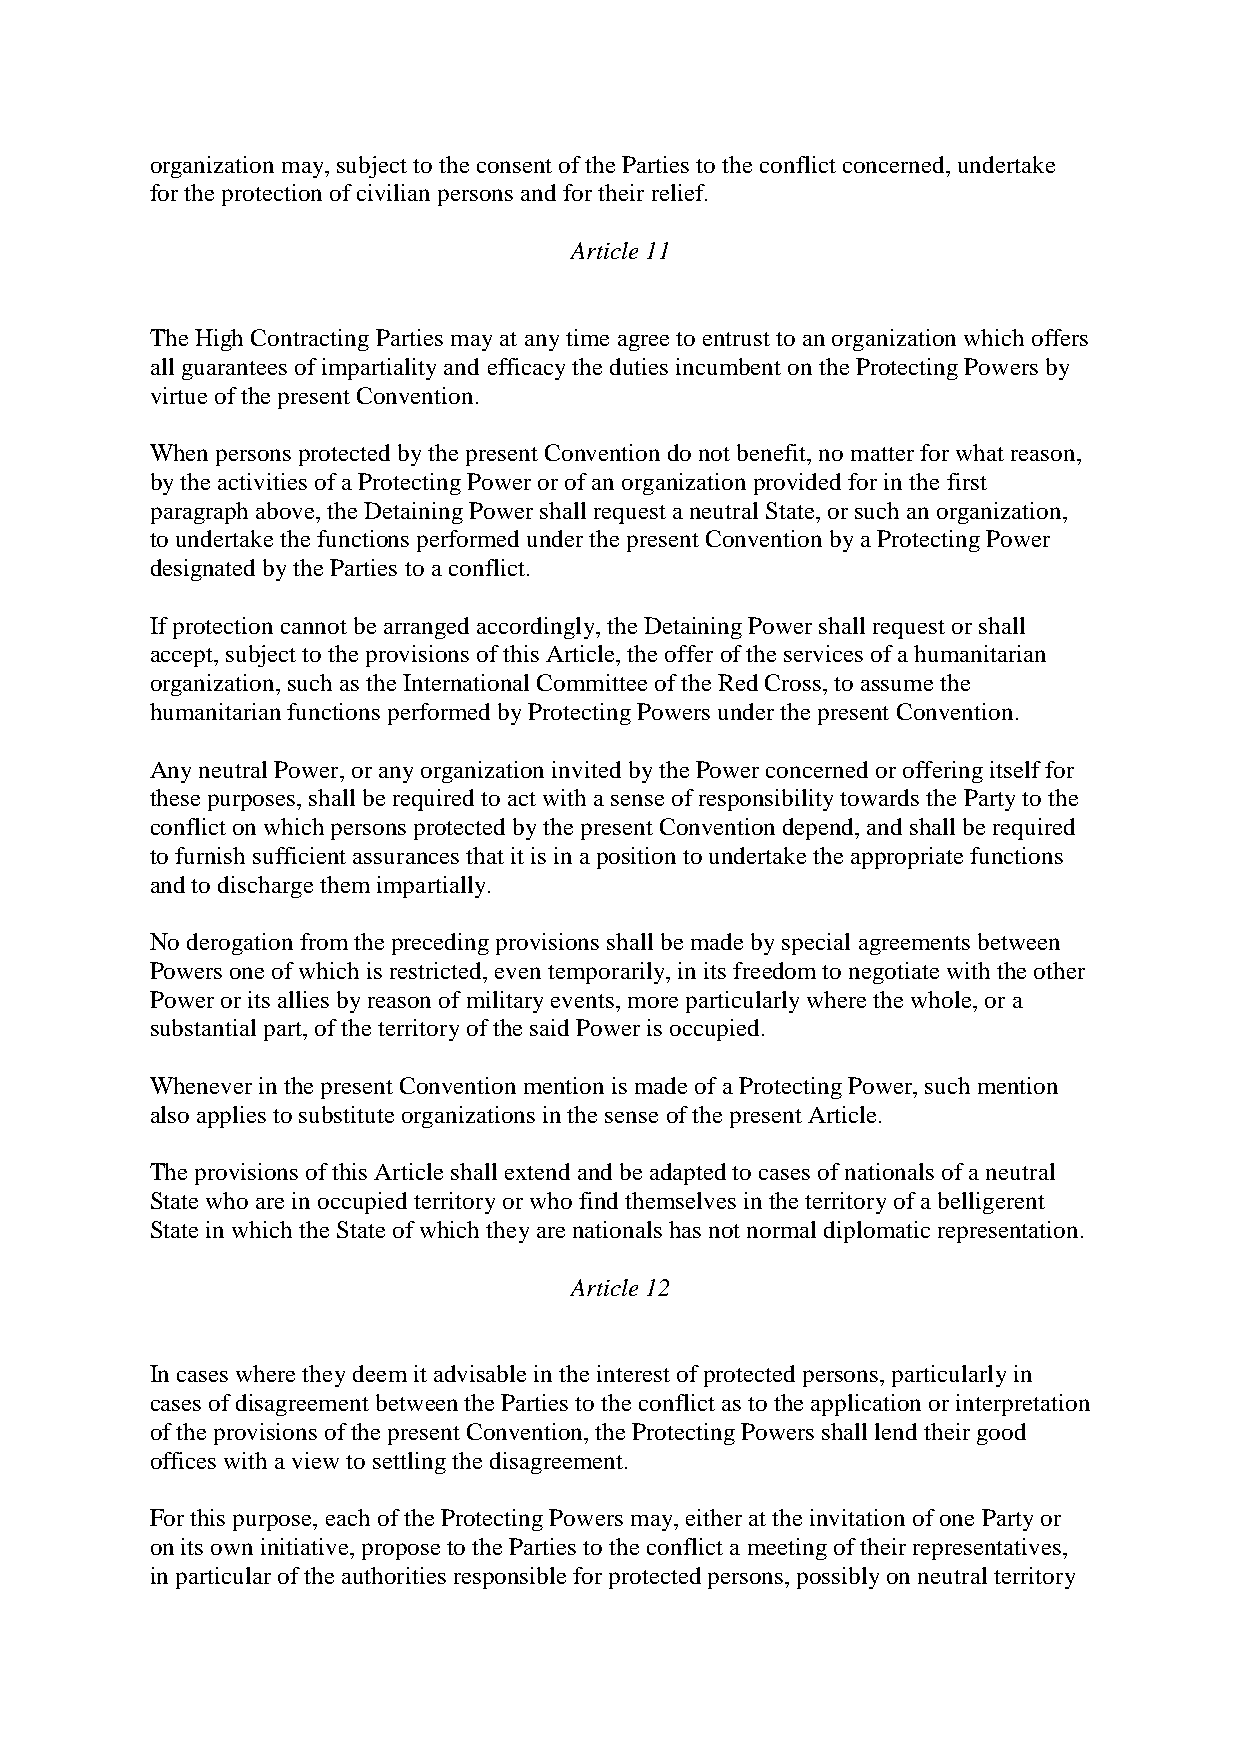
organization may, subject to the consent of the Parties to the conflict concerned, undertake
 for the protection of civilian persons and for their relief.
 Article 11
 The High Contracting Parties may at any time agree to entrust to an organization which offers
 all guarantees of impartiality and efficacy the duties incumbent on the Protecting Powers by
 virtue of the present Convention.
 When persons protected by the present Convention do not benefit, no matter for what reason,
 by the activities of a Protecting Power or of an organization provided for in the first
 paragraph above, the Detaining Power shall request a neutral State, or such an organization,
 to undertake the functions performed under the present Convention by a Protecting Power
 designated by the Parties to a conflict.
 If protection cannot be arranged accordingly, the Detaining Power shall request or shall
 accept, subject to the provisions of this Article, the offer of the services of a humanitarian
 organization, such as the International Committee of the Red Cross, to assume the
 humanitarian functions performed by Protecting Powers under the present Convention.
 Any neutral Power, or any organization invited by the Power concerned or offering itself for
 these purposes, shall be required to act with a sense of responsibility towards the Party to the
 conflict on which persons protected by the present Convention depend, and shall be required
 to furnish sufficient assurances that it is in a position to undertake the appropriate functions
 and to discharge them impartially.
 No derogation from the preceding provisions shall be made by special agreements between
 Powers one of which is restricted, even temporarily, in its freedom to negotiate with the other
 Power or its allies by reason of military events, more particularly where the whole, or a
 substantial part, of the territory of the said Power is occupied.
 Whenever in the present Convention mention is made of a Protecting Power, such mention
 also applies to substitute organizations in the sense of the present Article.
 The provisions of this Article shall extend and be adapted to cases of nationals of a neutral
 State who are in occupied territory or who find themselves in the territory of a belligerent
 State in which the State of which they are nationals has not normal diplomatic representation.
 Article 12
 In cases where they deem it advisable in the interest of protected persons, particularly in
 cases of disagreement between the Parties to the conflict as to the application or interpretation
 of the provisions of the present Convention, the Protecting Powers shall lend their good
 offices with a view to settling the disagreement.
 For this purpose, each of the Protecting Powers may, either at the invitation of one Party or
 on its own initiative, propose to the Parties to the conflict a meeting of their representatives,
 in particular of the authorities responsible for protected persons, possibly on neutral territory